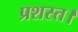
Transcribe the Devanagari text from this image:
प्रशस्त।